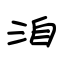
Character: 洎